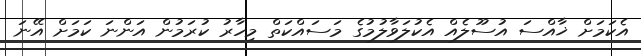
އެކަމަށް ޚާއްސަ އުސޫލެއް އެކުލަވާލުމުގެ މަސައްކަތް މިހާރު ކުރަމުން އަންނަ ކަމަށް އޭނަ